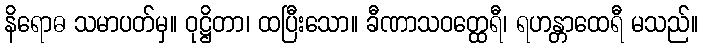
နိရောဓ သမာပတ်မှ။ ဝုဋ္ဌိတာ၊ ထပြီးသော။ ခီဏာသဝတ္ထေရီ၊ ရဟန္တာထေရီ မသည်။